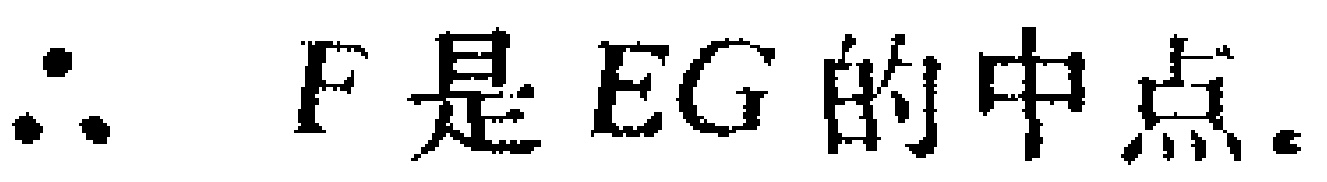
\(\therefore F是EG的中点。\)